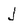
Character: j